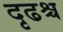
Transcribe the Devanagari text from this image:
दृढश्च